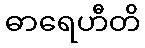
ဓာရေဟီတိ